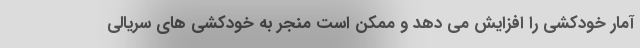
آمار خودکشی را افزایش می دهد و ممکن است منجر به خودکشی های سریالی